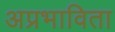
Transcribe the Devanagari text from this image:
अप्रभाविता